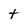
Character: t